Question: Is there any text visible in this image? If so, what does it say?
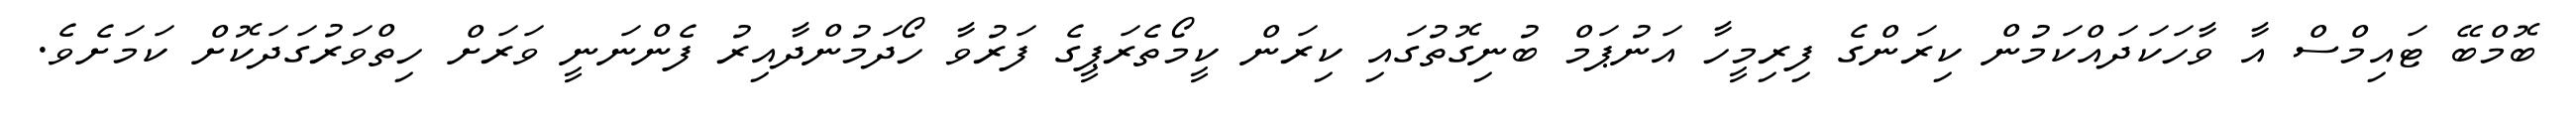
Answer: ބޮމްބޭ ޓައިމްސް އާ ވާހަކަދައްކަމުން ކިރަންގެ ފިރިމީހާ އަނުޕަމް ބުނިގޮތުގައި ކިރަން ކީމޯތެރަޕީގެ ފަރުވާ ހޯދަމުންދާއިރު ފެންނަނީ ވަރަށް ހިތްވަރުގަދަކޮށް ކަމަށެވެ.